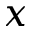
x